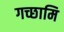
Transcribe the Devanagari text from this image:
गच्छामि